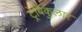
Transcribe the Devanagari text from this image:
ट्रेबिकुलार